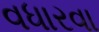
વધારવા